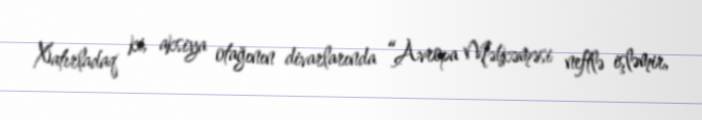
Xatırladaq ki, aksiya otağının divarlarında “Avropa Məhkəməsi neftlə işləmir,